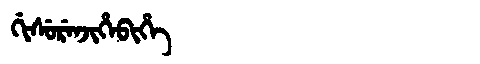
Manchu: ᡤᡳᠰᡠᡵᡝᠨᠵᡳᡥᡝᠪᡳᡥᡝ
Romanization: GISURENJIHEBIHE